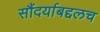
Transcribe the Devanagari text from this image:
सौंदर्याबद्दलच